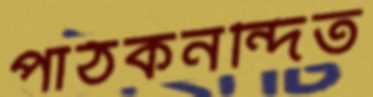
পাঠকনন্দিত